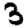
Digit: 3